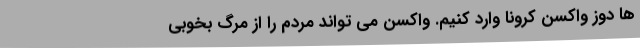
ها دوز واکسن کرونا وارد کنیم. واکسن می تواند مردم را از مرگ بخوبی